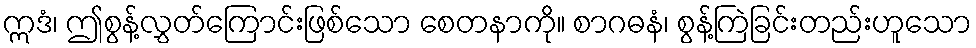
ဣဒံ၊ ဤစွန့်လွှတ်ကြောင်းဖြစ်သော စေတနာကို။ စာဂဓနံ၊ စွန့်ကြဲခြင်းတည်းဟူသော